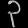
Digit: ၃